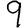
Digit: 9